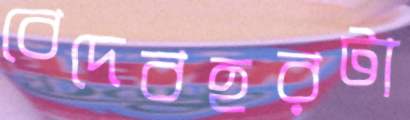
বেদেবহরটা